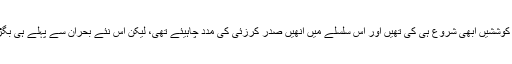
اخبار لکھتا ہے کہ صدر اوباما نے طالبان کے ساتھ مذاکرات کی کوششیں ابھی شروع ہی کی تھیں اور اِس سلسلے میں اُنھیں صدر کرزئی کی مدد چاہیئے تھی، لیکن اِس نئے بحران سے پہلے ہی بگڑے ہوئے تعلقات کو بہتر کرنے میں مزید مشکل پیش آجائے گی۔